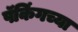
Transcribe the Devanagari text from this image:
पॅकिंगच्या